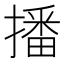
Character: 播